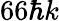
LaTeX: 66\hbar k